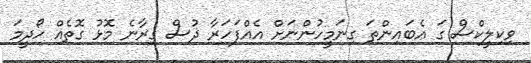
ވިކިލީކްސް ގަ އެބައިންތަ ގިނަމީހުންނަށް އެއްފަހަރާ ޛުސް ގިރާނެ މޮޅު ގޮތެއް ހޯދީމަ